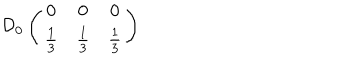
\mathcal { D } _ { 0 } \left( \begin{array} { c c c } { { 0 } } & { { 0 } } & { { 0 } } \\ { { \frac { 1 } { 3 } } } & { { \frac { 1 } { 3 } } } & { { \frac { 1 } { 3 } } } \\ \end{array} \right)